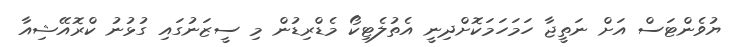
ޔުވެންޓަސް އަށް ނަތީޖާ ހަމަހަމަކޮށްދިނީ އެތުލެޓިކޯ މެޑްރިޑުން މި ސީޒަނުގައި ގުޅުނު ކްރޮއޭޝިއާ